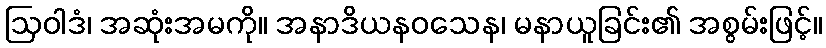
ဩဝါဒံ၊ အဆုံးအမကို။ အနာဒိယနဝသေန၊ မနာယူခြင်း၏ အစွမ်းဖြင့်။